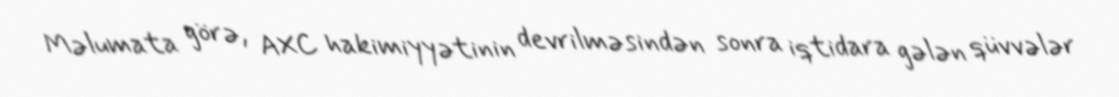
Məlumata görə, AXC hakimiyyətinin devrilməsindən sonra iqtidara gələn qüvvələr